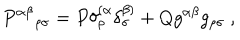
{ P ^ { \alpha \beta } } _ { \rho \sigma } = P \delta _ { \rho } ^ { ( \alpha } \delta _ { \sigma } ^ { \beta ) } + Q g ^ { \alpha \beta } g _ { \rho \sigma } \ ,